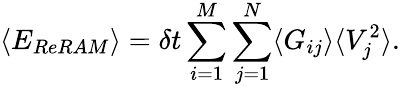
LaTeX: \langle E_{ReRAM}\rangle=\delta t\sum_{i=1}^{M}\sum_{j=1}^{N}\langle G_{ij}\rangle\langle V_{j}^{2}\rangle.